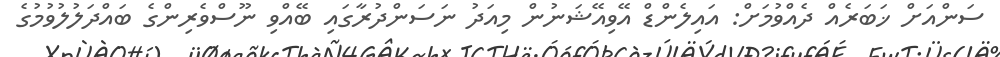
ސަންއަށް ޚަބަރެއް ދެއްވުމަށް: އައިލެންޑް އޭވިއޭޝަނުން މިއަދު ނަސަންދުރާގައި ބޭއްވި ނޫސްވެރިންގެ ބައްދަލުލުވުމުގެ